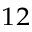
^ { 1 2 }